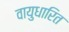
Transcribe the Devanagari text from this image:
वायुधारित